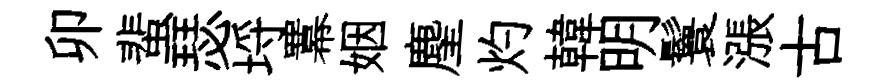
卯蜚瑟埓羃姻麈灼韓明鬟漲古